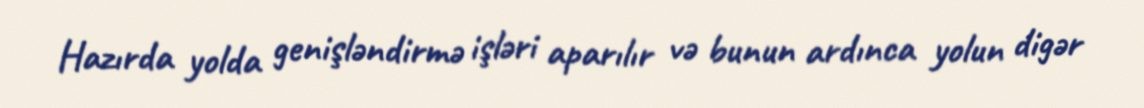
Hazırda yolda genişləndirmə işləri aparılır və bunun ardınca yolun digər